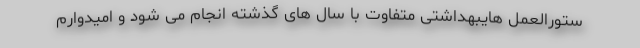
ستورالعمل هایبهداشتی متفاوت با سال های گذشته انجام می شود و امیدوارم